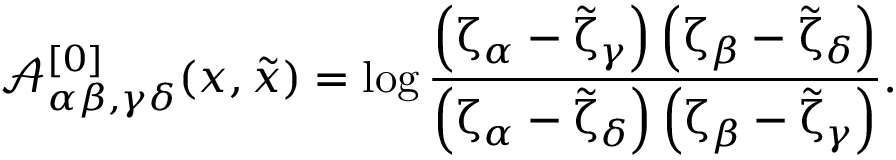
{ \mathcal A } _ { \alpha \beta , \gamma \delta } ^ { [ 0 ] } ( x , \tilde { x } ) = \log \frac { \left( \upzeta _ { \alpha } - \tilde { \upzeta } _ { \gamma } \right) \left( \upzeta _ { \beta } - \tilde { \upzeta } _ { \delta } \right) } { \left( \upzeta _ { \alpha } - \tilde { \upzeta } _ { \delta } \right) \left( \upzeta _ { \beta } - \tilde { \upzeta } _ { \gamma } \right) } .